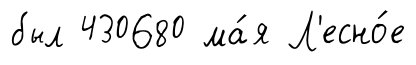
был 430680 ма́я Л'есно́е